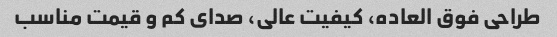
طراحی فوق العاده، کیفیت عالی، صدای کم و قیمت مناسب